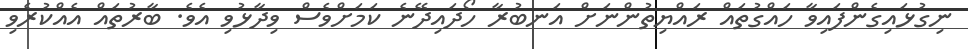
ނިގުޅައިގެންފައިވާ ހައްގުތައް ރައްޔިތުންނަށް އަނބުރާ ހޯދައިދޭނެ ކަމަށްވެސް ވިދާޅުވި އެވެ. ބާރުތައް އެއްކުރެވި